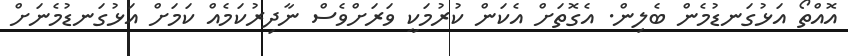
އޮއްތޯ އަޅުގަނޑުމެން ބެލިން. އެގޮތަށް އެކަން ކުރުމަކީ ވަރަށްވެސް ނާދިރުކަމެއް ކަމަށް އަޅުގަނޑުމެނަށް